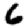
Digit: 6